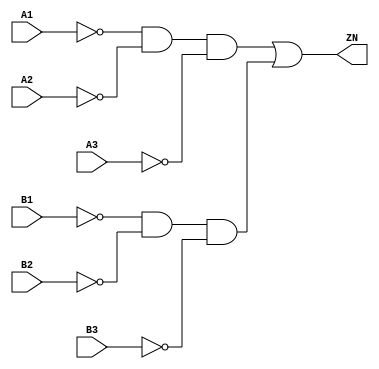
// Copyright 2022 GlobalFoundries PDK Authors
//
// Licensed under the Apache License, Version 2.0 (the "License");
// you may not use this file except in compliance with the License.
// You may obtain a copy of the License at
//
//      http://www.apache.org/licenses/LICENSE-2.0
//
// Unless required by applicable law or agreed to in writing, software
// distributed under the License is distributed on an "AS IS" BASIS,
// WITHOUT WARRANTIES OR CONDITIONS OF ANY KIND, either express or implied.
// See the License for the specific language governing permissions and
// limitations under the License.

module gf180mcu_fd_sc_mcu7t5v0__oai33_2( B3, B2, ZN, B1, A3, A2, A1 );
input A1, A2, A3, B1, B2, B3;
output ZN;

	wire A1_inv_for_gf180mcu_fd_sc_mcu7t5v0__oai33_2;

	not MGM_BG_0( A1_inv_for_gf180mcu_fd_sc_mcu7t5v0__oai33_2, A1 );

	wire A2_inv_for_gf180mcu_fd_sc_mcu7t5v0__oai33_2;

	not MGM_BG_1( A2_inv_for_gf180mcu_fd_sc_mcu7t5v0__oai33_2, A2 );

	wire A3_inv_for_gf180mcu_fd_sc_mcu7t5v0__oai33_2;

	not MGM_BG_2( A3_inv_for_gf180mcu_fd_sc_mcu7t5v0__oai33_2, A3 );

	wire ZN_row1;

	and MGM_BG_3( ZN_row1, A1_inv_for_gf180mcu_fd_sc_mcu7t5v0__oai33_2, A2_inv_for_gf180mcu_fd_sc_mcu7t5v0__oai33_2, A3_inv_for_gf180mcu_fd_sc_mcu7t5v0__oai33_2 );

	wire B1_inv_for_gf180mcu_fd_sc_mcu7t5v0__oai33_2;

	not MGM_BG_4( B1_inv_for_gf180mcu_fd_sc_mcu7t5v0__oai33_2, B1 );

	wire B2_inv_for_gf180mcu_fd_sc_mcu7t5v0__oai33_2;

	not MGM_BG_5( B2_inv_for_gf180mcu_fd_sc_mcu7t5v0__oai33_2, B2 );

	wire B3_inv_for_gf180mcu_fd_sc_mcu7t5v0__oai33_2;

	not MGM_BG_6( B3_inv_for_gf180mcu_fd_sc_mcu7t5v0__oai33_2, B3 );

	wire ZN_row2;

	and MGM_BG_7( ZN_row2, B1_inv_for_gf180mcu_fd_sc_mcu7t5v0__oai33_2, B2_inv_for_gf180mcu_fd_sc_mcu7t5v0__oai33_2, B3_inv_for_gf180mcu_fd_sc_mcu7t5v0__oai33_2 );

	or MGM_BG_8( ZN, ZN_row1, ZN_row2 );

endmodule